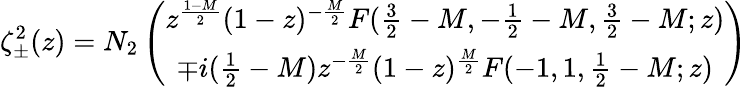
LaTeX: \zeta_{\pm}^{2}(z)=N_{2}\left(\begin{array}{c}{{z^{\frac{1-M}{2}}(1-z)^{-\frac{M}{2}}F(\frac{3}{2}-M,-\frac{1}{2}-M,\frac{3}{2}-M;z)}}\\ {{\mp i(\frac{1}{2}-M)z^{-\frac{M}{2}}(1-z)^{\frac{M}{2}}F(-1,1,\frac{1}{2}-M;z)}}\end{array}\right)